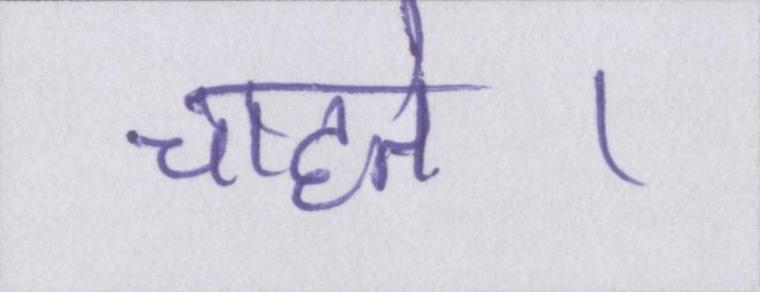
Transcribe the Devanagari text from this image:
चाहते।